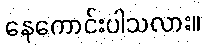
နေကောင်းပါသလား။